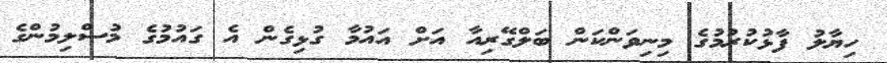
ހިޔާލު ފާޅުކުރުމުގެ މިނިވަންކަން ބަލްގޭރިއާ އަށް އައުމާ ގުޅިގެން އެ ގައުމުގެ މުސްލިމުންގެ